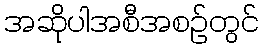
အဆိုပါအစီအစဉ်တွင်